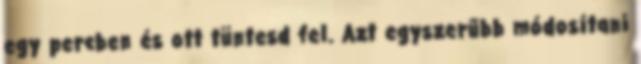
egy percben és ott tüntesd fel. Azt egyszerűbb módosítani